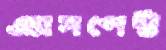
এ্যাসপেক্ট